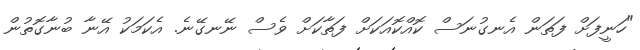
"ހަނީފަށް ފަތަން އެނގުނަސް ކޮއްކޮއަކަށް ފަތާކަށް ވެސް ނޭނގޭނެ. އެކަމަކު އޭނާ ބުނާގޮތުން